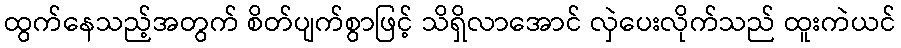
ထွက်နေသည့်အတွက် စိတ်ပျက်စွာဖြင့် သိရှိလာအောင် လှဲပေးလိုက်သည် ထူးကဲယင်